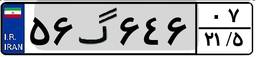
۸۱گ۸۵۱۴۱